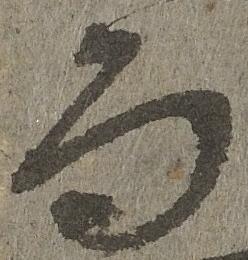
而